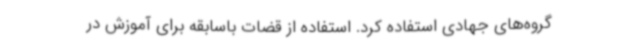
گروه‌های جهادی استفاده کرد. استفاده از قضات باسابقه برای آموزش در